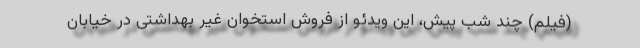
(فیلم) چند شب پیش، این ویدئو از فروش استخوان غیر بهداشتی در خیابان